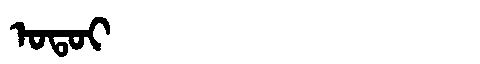
Manchu: ᠣᡨᠣᡳ
Romanization: OTOI